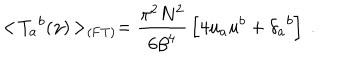
LaTeX: < \! { { T } _ { a } } ^ { b } ( \gamma ) \! > _ { \mathrm { ( F T ) } } = { \frac { \pi ^ { 2 } N ^ { 2 } } { 6 { { \beta } } ^ { 4 } } } \left[ 4 u _ { a } u ^ { b } + { { \delta } _ { a } } ^ { b } \right] \ .